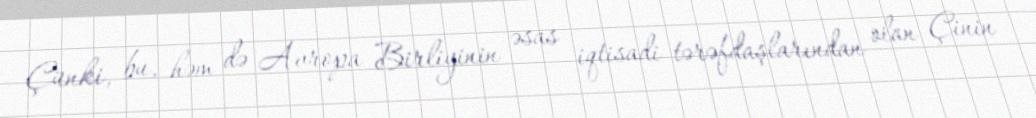
Çünki, bu, həm də Avropa Birliyinin əsas iqtisadi tərəfdaşlarından olan Çinin